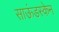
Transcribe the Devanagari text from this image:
साऊंडस्केन